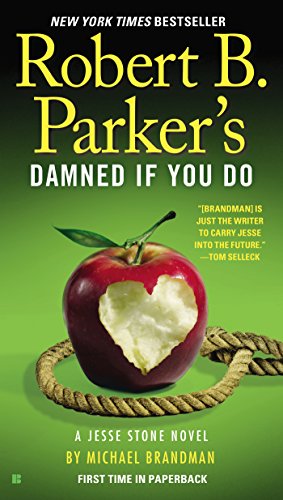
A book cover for Robert B. Parker's Damned If You Do (A Jesse Stone Novel); Michael Brandman; Mystery, Thriller & Suspense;